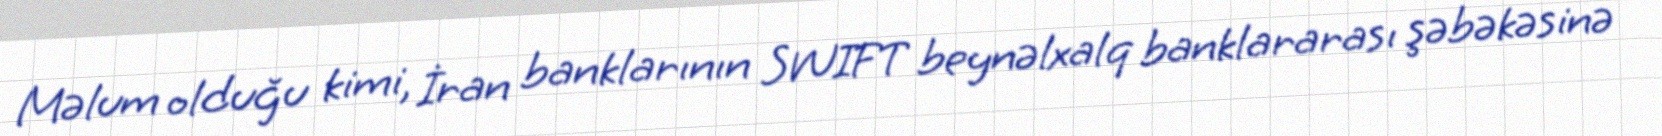
Məlum olduğu kimi, İran banklarının SWIFT beynəlxalq banklararası şəbəkəsinə